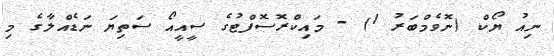
ނިއު ޔޯކް (ނޮވެމްބަރު 1) - މައިކްރޮސޮފްޓުގެ ސީއީއޯ ސަތިޔަ ނަޑެއްލާގެ މި